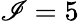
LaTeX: \mathscr{I}=5